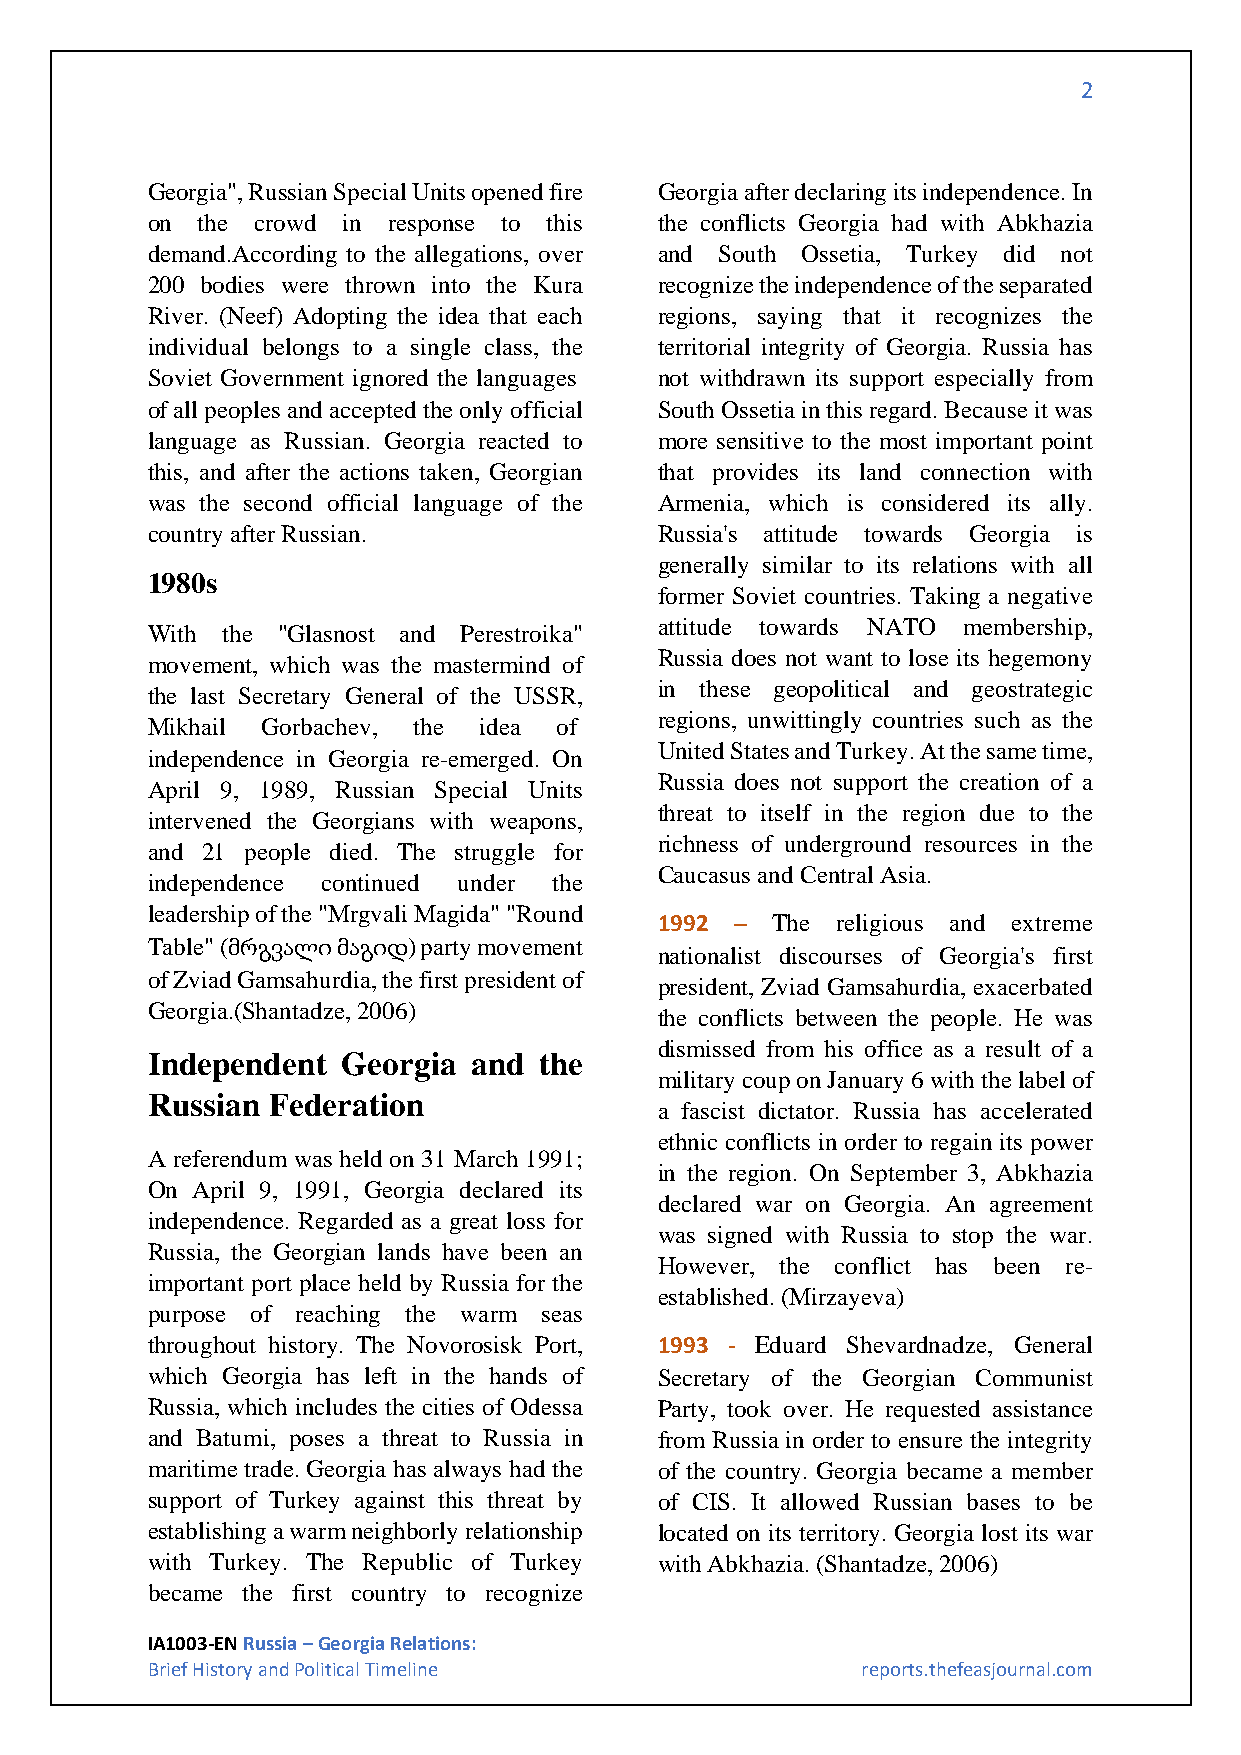
2
 Georgia", Russian Special Units opened fire Georgia after declaring its independence. In
 on the crowd in response to this  the conflicts Georgia had with Abkhazia
 demand.According to the allegations, over and South Ossetia, Turkey did not
 200 bodies were thrown into the Kura recognize the independence of the separated
 River. (Neef) Adopting the idea that each regions, saying that it recognizes the
 individual belongs to a single class, the territorial integrity of Georgia. Russia has
 Soviet Government ignored the languages not withdrawn its support especially from
 of all peoples and accepted the only official South Ossetia in this regard. Because it was
 language as Russian. Georgia reacted to more sensitive to the most important point
 this, and after the actions taken, Georgian that provides its land connection with
 was the second official language of the Armenia, which is considered its ally.
 country after Russian.            Russia's attitude towards Georgia is
 generally similar to its relations with all
 1980s
 former Soviet countries. Taking a negative
 attitude towards NATO membership,
 With the "Glasnost and Perestroika"
 Russia does not want to lose its hegemony
 movement, which was the mastermind of
 in these geopolitical and geostrategic
 the last Secretary General of the USSR,
 regions, unwittingly countries such as the
 Mikhail Gorbachev, the idea of
 United States and Turkey. At the same time,
 independence in Georgia re-emerged. On
 Russia does not support the creation of a
 April 9, 1989, Russian Special Units
 threat to itself in the region due to the
 intervened the Georgians with weapons,
 richness of underground resources in the
 and 21 people died. The struggle for
 Caucasus and Central Asia.
 independence continued under the
 leadership of the "Mrgvali Magida" "Round
 1992 – The religious and extreme
 Table" (მრგვალი მაგიდ) party movement
 nationalist discourses of Georgia's first
 of Zviad Gamsahurdia, the first president of
 president, Zviad Gamsahurdia, exacerbated
 Georgia.(Shantadze, 2006)
 the conflicts between the people. He was
 dismissed from his office as a result of a
 Independent  Georgia and  the
 military coup on January 6 with the label of
 Russian Federation
 a fascist dictator. Russia has accelerated
 ethnic conflicts in order to regain its power
 A referendum was held on 31 March 1991;
 in the region. On September 3, Abkhazia
 On April 9, 1991, Georgia declared its
 declared war on Georgia. An agreement
 independence. Regarded as a great loss for
 was signed with Russia to stop the war.
 Russia, the Georgian lands have been an
 However, the conflict has been re-
 important port place held by Russia for the
 established. (Mirzayeva)
 purpose of reaching the warm seas
 throughout history. The Novorosisk Port, 1993 - Eduard Shevardnadze, General
 which Georgia has left in the hands of Secretary of the Georgian Communist
 Russia, which includes the cities of Odessa Party, took over. He requested assistance
 and Batumi, poses a threat to Russia in from Russia in order to ensure the integrity
 maritime trade. Georgia has always had the of the country. Georgia became a member
 support of Turkey against this threat by of CIS. It allowed Russian bases to be
 establishing a warm neighborly relationship located on its territory. Georgia lost its war
 with Turkey. The Republic of Turkey with Abkhazia. (Shantadze, 2006)
 became the first country to recognize
 IA1003-EN Russia – Georgia Relations:
 Brief History and Political Timeline           reports.thefeasjournal.com